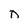
Character: 0